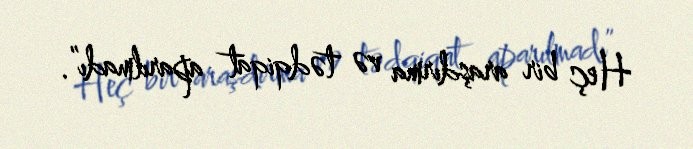
Heç bir araşdırma və tədqiqat aparılmadı”.